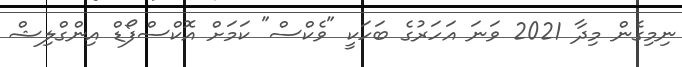
ނިމިގެން މިދާ 2021 ވަނަ އަހަރުގެ ބަހަކީ "ވެކްސް" ކަމަށް އޮކްސްފޯޑް އިންގްލިޝް